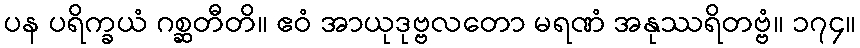
ပန ပရိက္ခယံ ဂစ္ဆတီတိ။ ဧဝံ အာယုဒုဗ္ဗလတော မရဏံ အနုဿရိတဗ္ဗံ။ ၁၇၄။